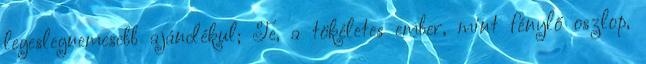
legeslegnemesebb ajándékul; Te, a tökéletes ember, mint fénylő oszlop,